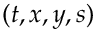
( t , x , y , s )